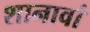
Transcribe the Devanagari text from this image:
शानावां